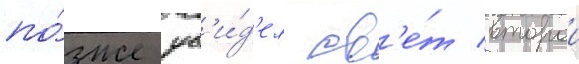
по́зже ув'и́д'ел св'е́т второи